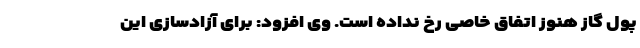
پول گاز هنوز اتفاق خاصی رخ نداده است. وی افزود: برای آزادسازی این